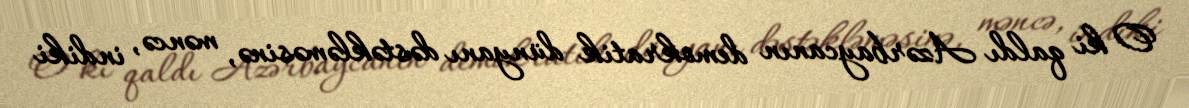
O ki qaldı Azərbaycanın demokratik dünyanı dəstəkləməsinə, məncə, indiki